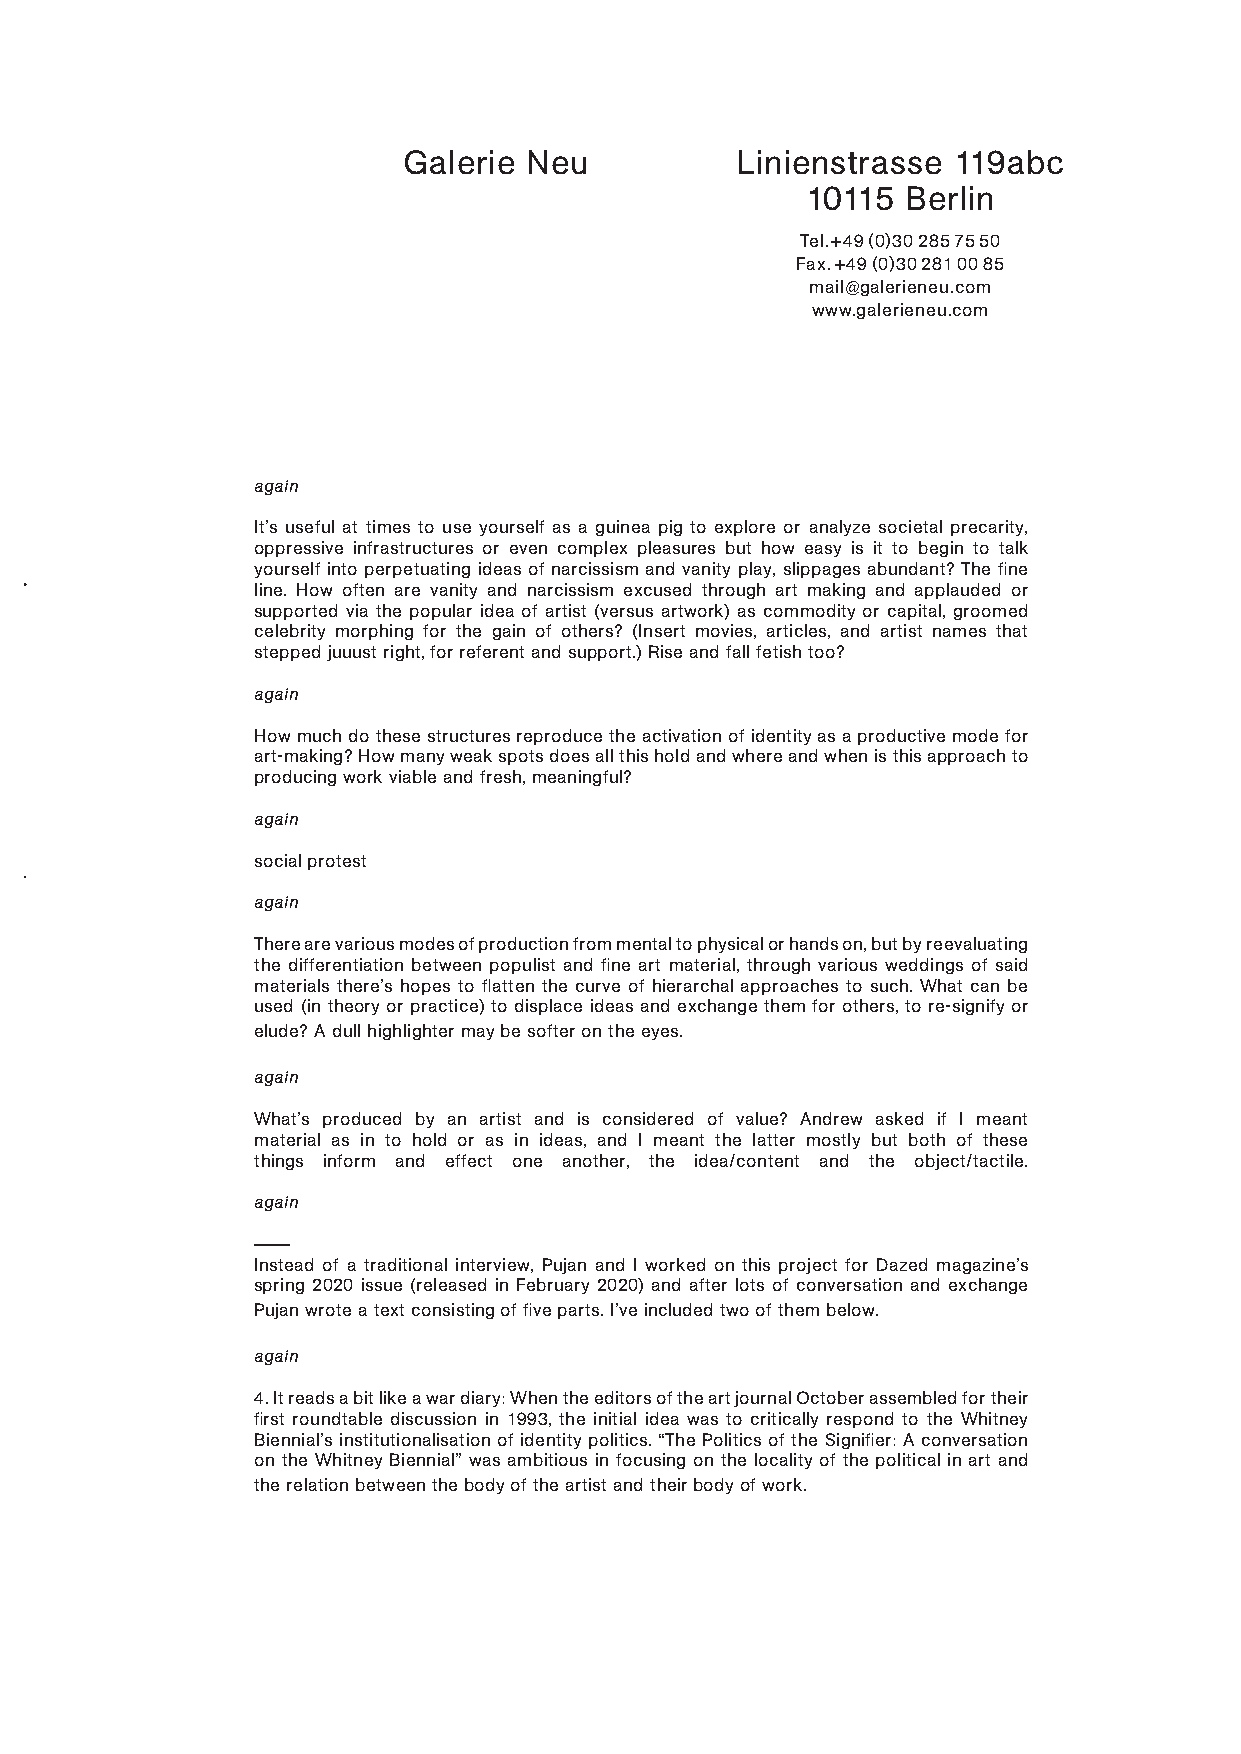
Galerie Neu           Linienstrasse 119abc
 10115  Berlin
 Tel. +49 (0)30 285 75 50
 Fax. +49 (0)30 281 00 85
 mail@galerieneu.com
 www.galerieneu.com
 again
 It’s useful at times to use yourself as a guinea pig to explore or analyze societal precarity,
 oppressive infrastructures or even complex pleasures but how easy is it to begin to talk
 yourself into perpetuating ideas of narcissism and vanity play, slippages abundant? The fine
 line. How often are vanity and narcissism excused through art making and applauded or
 supported via the popular idea of artist (versus artwork) as commodity or capital, groomed
 celebrity morphing for the gain of others? (Insert movies, articles, and artist names that
 stepped juuust right, for referent and support.) Rise and fall fetish too?
 again
 How much do these structures reproduce the activation of identity as a productive mode for
 art-making? How many weak spots does all this hold and where and when is this approach to
 producing work viable and fresh, meaningful?
 again
 social protest
 again
 There are various modes of production from mental to physical or hands on, but by reevaluating
 the differentiation between populist and fine art material, through various weddings of said
 materials there’s hopes to flatten the curve of hierarchal approaches to such. What can be
 used (in theory or practice) to displace ideas and exchange them for others, to re-signify or
 elude? A dull highlighter may be softer on the eyes.
 again
 What’s produced by an artist and is considered of value? Andrew asked if I meant
 material as in to hold or as in ideas, and I meant the latter mostly but both of these
 things inform and effect one another, the idea/content and the object/tactile.
 again
 ———
 Instead of a traditional interview, Pujan and I worked on this project for Dazed magazine’s
 spring 2020 issue (released in February 2020) and after lots of conversation and exchange
 Pujan wrote a text consisting of five parts. I’ve included two of them below.
 again
 4. It reads a bit like a war diary: When the editors of the art journal October assembled for their
 first roundtable discussion in 1993, the initial idea was to critically respond to the Whitney
 Biennial’s institutionalisation of identity politics. “The Politics of the Signifier: A conversation
 on the Whitney Biennial” was ambitious in focusing on the locality of the political in art and
 the relation between the body of the artist and their body of work.